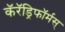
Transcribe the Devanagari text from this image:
कॅरॅड्रिफॉर्मस्